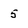
Character: 5